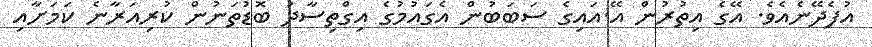
އުފެދޭނެއެވެ. އޭގެ އިތުރުން އޭ.އައިގެ ސަބަބުން އެގައުމުގެ އިގްތިސާދު ބޮޑުތަނުން ކުރިއަރާނެ ކަމަށާއި